Sketch of the medical history of the native army of Bombay, for the year
Year: 1876
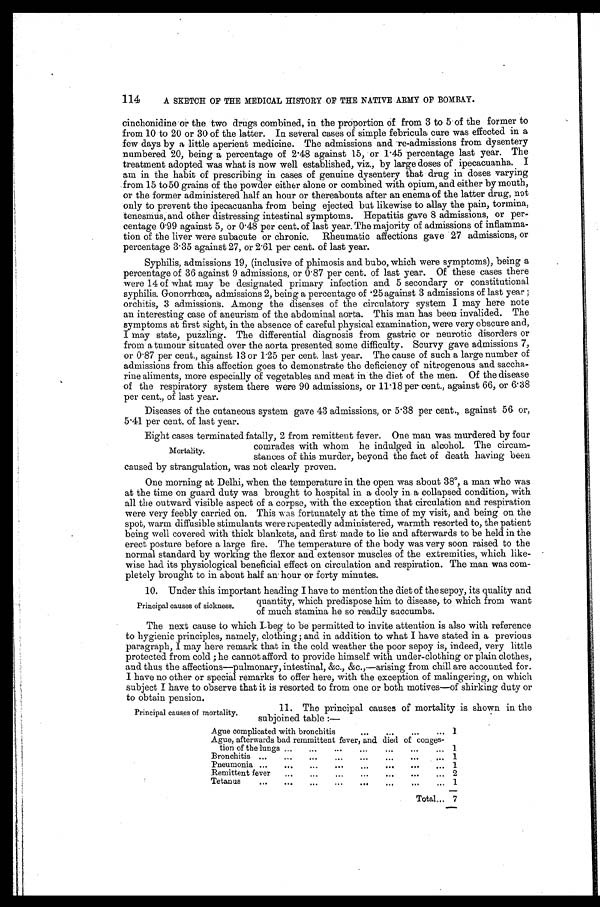
114
A SKETCH OF THE MEDICAL HISTORY OF THE NATIVE ARMY OF BOMBAY.
cinchonidine or the two drugs combined, in the proportion of from 3 to 5 of the former to
from 10 to 20 or 30 of the latter. In several cases of simple febricula cure was effected in a
few days by a little aperient medicine. The admissions and re-admissions from dysentery
numbered 20, being a percentage of 2.48 against 15, or 1.45 percentage last year. The
treatment adopted was what is now well established, viz., by large doses of ipecacuanha. I
am in the habit of prescribing in cases of genuine dysentery that drug in doses varying
from 15 to 50 grains of the powder either alone or combined with opium, and either by mouth,
or the former administered half an hour or thereabouts after an enema of the latter drug, not
only to prevent the ipecacuanha from being ejected but likewise to allay the pain, tormina,
tenesmus, and other distressing intestinal symptoms. Hepatitis gave 8 admissions, or per-
centage 0.99 against 5, or 0.48 per cent. of last year. The majority of admissions of inflamma-
tion of the liver were subacute or chronic. Rheumatic affections gave 27 admissions, or
percentage 3.35 against 27, or 2.61 per cent. of last year.
Syphilis, admissions 19, (inclusive of phimosis and bubo, which were symptoms), being a
percentage of 36 against 9 admissions, or 0.87 per cent. of last year. Of these cases there
were 14 of what may be designated primary infection and 5 secondary or constitutional
syphilis. Gonorrhœa, admissions 2, being a percentage of .25 against 3 admissions of last year ;
orchitis, 3 admissions. Among the diseases of the circulatory system I may here note
an interesting case of aneurism of the abdominal aorta. This man has been invalided. The
symptoms at first sight, in the absence of careful physical examination, were very obscure and,
I may state, puzzling. The differential diagnosis from gastric or neurotic disorders or
from a tumour situated over the aorta presented some difficulty. Scurvy gave admissions 7,
or 0.87 per cent., against 13 or 1.25 per cent. last year. The cause of such a large number of
admissions from this affection goes to demonstrate the deficiency of nitrogenous and saccha-
rine aliments, more especially of vegetables and meat in the diet of the men. Of the disease
of the respiratory system there were 90 admissions, or 11.18 per cent., against 66, or 6.38
per cent., of last year.
Diseases of the cutaneous system gave 43 admissions, or 5.38 per cent., against 56 or,
5.41 per cent. of last year.
Eight cases terminated fatally, 2 from remittent fever. One man was murdered by four
comrades with whom he indulged in alcohol. The circum-
stances of this murder, beyond the fact of death having been
caused by strangulation, was not clearly proven.
One morning at Delhi, when the temperature in the open was about 38°, a man who was
at the time on guard duty was brought to hospital in a dooly in a collapsed condition, with
all the outward visible aspect of a corpse, with the exception that circulation and respiration
were very feebly carried on. This was fortunately at the time of my visit, and being on the
spot, warm diffusible stimulants were repeatedly administered, warmth resorted to, the patient
being well covered with thick blankets, and first made to lie and afterwards to be held in the
erect posture before a large fire. The temperature of the body was very soon raised to the
normal standard by working the flexor and extensor muscles of the extremities, which like-
wise had its physiological beneficial effect on circulation and respiration. The man was com-
-pletely brought to in about half an hour or forty minutes.
10. Under this important heading I have to mention the diet of the sepoy, its quality and
quantity, which predispose him to disease, to which from want
of much stamina he so readily succumbs.
The next cause to which I beg to be permitted to invite attention is also with reference
to hygienic principles, namely, clothing ; and in addition to what I have stated in a previous
paragraph, I may here remark that in the cold weather the poor sepoy is, indeed, very little
protected from cold ; he cannot afford to provide himself with under-clothing or plain clothes,
and thus the affections—pulmonary, intestinal, &c., &c.,—arising from chill are accounted for.
I have no other or special remarks to offer here, with the exception of malingering, on which
subject I have to observe that it is resorted to from one or both motives—of shirking duty or
to obtain pension.
Mortality.
Principal causes of sickness.
Principal causes of mortality.
11. The principal causes of mortality is shown in the
subjoined table :—
Ague complicated with bronchitis
...
...
...
...
1
Ague, afterwards bad remmittent fever, and died of conges-
tion of the lungs ...
...
...
...
...
...
... 1
Bronchitis
... ...
...
...
...
...
. . .
1
Pneumonia ...
...
...
...
...
...
...
...
1
Remittent fever
... ...
..
2
Tetanus
...
...
...
...
...
... . . .
1
Total... 7